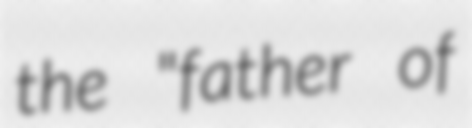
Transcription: the "father of